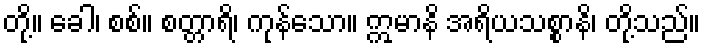
တို့။ ခေါ၊ စစ်။ စတ္တာရိ၊ ကုန်သော။ ဣမာနိ အရိယသစ္စာနိ၊ တို့သည်။